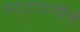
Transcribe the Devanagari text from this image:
पट्टराणीचे